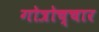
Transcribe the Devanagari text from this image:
गोत्रोच्चार